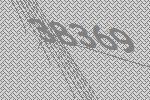
38369